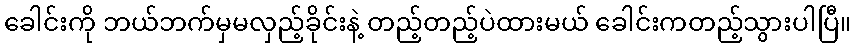
ခေါင်းကို ဘယ်ဘက်မှမလှည့်ခိုင်းနဲ့ တည့်တည့်ပဲထားမယ် ခေါင်းကတည့်သွားပါပြီ။